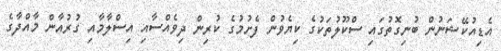
އެޑިއުކޭޝަނުން ބުނިގޮތުގައި ސްކޫލުތަކުގެ ކިޔެވުން ފެށުމުގެ ކުރިން ދިވެއްސާއި އިސްލާމާއި ގުރުއާން މާއްދާގެ